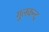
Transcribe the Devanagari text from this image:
गुलकन्द